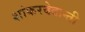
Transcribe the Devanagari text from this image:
शांकरवेदान्ती